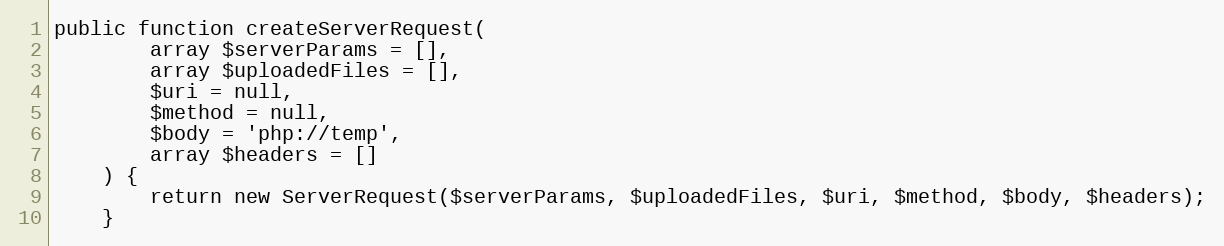
Language: PHP
public function createServerRequest(
        array $serverParams = [],
        array $uploadedFiles = [],
        $uri = null,
        $method = null,
        $body = 'php://temp',
        array $headers = []
    ) {
        return new ServerRequest($serverParams, $uploadedFiles, $uri, $method, $body, $headers);
    }